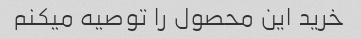
خرید این محصول را توصیه میکنم